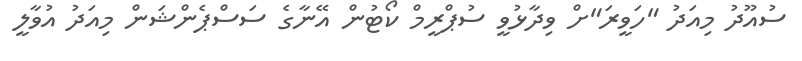
ސުއޫދު މިއަދު "ހަވީރަ"ށް ވިދާޅުވީ ސުޕްރީމް ކޯޓުން އޭނާގެ ސަސްޕެންޝަން މިއަދު އުވާލީ